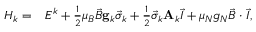
\begin{array} { r l } { H _ { k } = } & { { } E ^ { k } + \frac { 1 } { 2 } \mu _ { B } \vec { B } \mathbf { g } _ { k } \vec { \sigma } _ { k } + \frac { 1 } { 2 } \vec { \sigma } _ { k } \mathbf { A } _ { k } \vec { I } + \mu _ { N } g _ { N } \vec { B } \cdot \vec { I } , } \end{array}